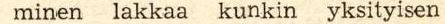
minen lakkaa kunkin yksityisen